system: You are a helpful assistant.
user:
Analyze the provided spectrum to determine if it is a **M-type Giant (gM)**.

A M-type Giant spectrum is defined by its **strong molecular absorption** features, particularly from **Titanium Oxide (TiO)**. You must check for one of the following mutually exclusive signatures:

- **Key Visual Indicators (Absorption-Dominated Spectrum):**

    - **(Primary):** The spectrum is dominated by strong molecular absorption from **Titanium Oxide (TiO)**. This is the **defining feature** of its M-type temperature class.
        - **(Key Bandheads):** Look for sharp, "saw-tooth" absorption valleys. The strongest are located near **~7050 Å**, **~6160 Å**, and **~5170 Å**.
        - **(Line Profile):** The "saw-tooth" morphology is critical: a **sharp, steep drop on the BLUE (short-wavelength) side** of the bandhead, followed by a gradual recovery (rising flux) towards the RED (long-wavelength) side.

    - **(Key Confirmation - Giant vs. Dwarf):** **ABSENCE** of strong **Calcium Hydride (CaH)** molecular bands. This is the primary diagnostic for *excluding* M-dwarfs.
        - **(Key Region):** The spectrum should lack the strong, broad absorption band seen in dwarfs between **~6800 Å and ~7000 Å**.

    - **(Secondary Confirmation - Giant):** A very strong and broad **Neutral Calcium (Ca I)** atomic absorption line.
        - **(Key Line):** Located at **~4226 Å**. In a giant (gM), this line is significantly deeper and broader than the same line in an M-dwarf (dM) due to low surface gravity.

    - **(Overall Spectrum):**
        - The continuum is **extremely red-sloping** (i.e., flux is very low in the blue and rises dramatically towards the red).
        - The entire spectrum appears "chopped up" by the deep TiO bands.

Think first, call **spectral_visualization_tool** if needed to examine features in detail, then provide your final answer. Your response must adhere to the following strict rules:
1.  **Overall Structure:** Your response must follow the format `<think>...</think> <tool_call>...</tool_call> (if a tool is used) <answer>...</answer>`.
2.  **Tool Usage Constraint:** You may only make **one** tool call per turn.
3.  **Final Answer Format:** In the `<answer>` tag, your conclusion must be inside a `\boxed{}` command (e.g., `\boxed{YES}` or `\boxed{NO}`), followed by your justification.

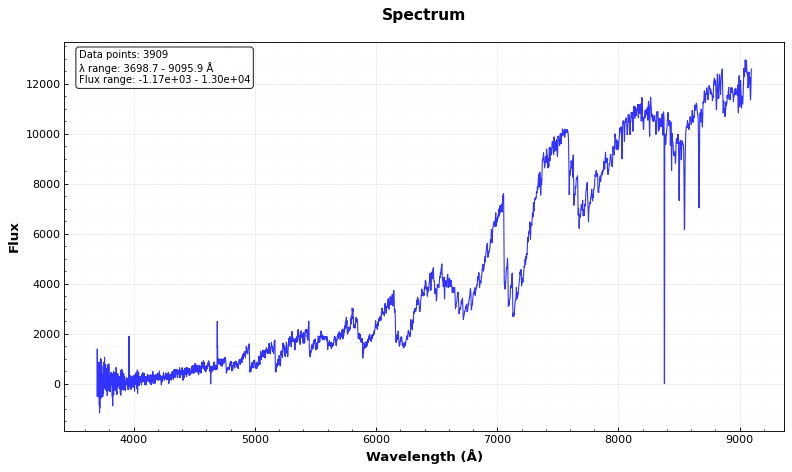
Answer: YES